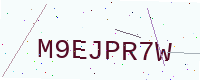
Text: M9EJPR7W